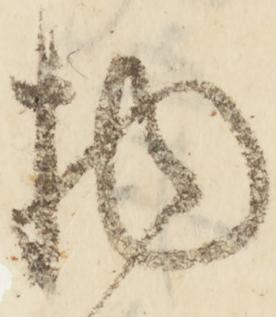
物